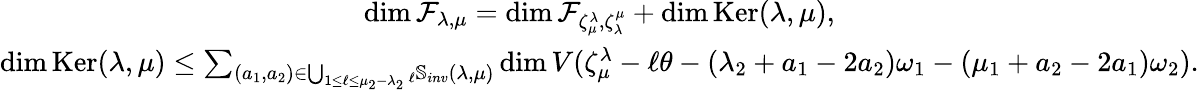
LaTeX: \begin{array}{c}{\dim\mathcal F_{\lambda,\mu}=\dim\mathcal F_{\zeta_{\mu}^{\lambda},\zeta_{\lambda}^{\mu}}+\dim\operatorname{Ker}(\lambda,\mu),}\\ {\dim\operatorname{Ker}(\lambda,\mu)\leq\sum_{(a_{1},a_{2})\in\bigcup_{1\leq\ell\leq\mu_{2}-\lambda_{2}}{_\ell}{\mathbb S}_{inv}(\lambda,\mu)}\dim V(\zeta_{\mu}^{\lambda}-\ell\theta-(\lambda_{2}+a_{1}-2a_{2})\omega_{1}-(\mu_{1}+a_{2}-2a_{1})\omega_{2}).}\end{array}